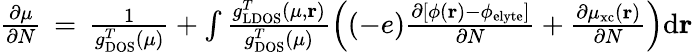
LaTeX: \begin{array}{r}{\frac{\partial\mu}{\partial N}\, =\, \frac{1}{g_{\mathrm{DOS}}^{T}(\mu)}+\int\frac{g_{\mathrm{LDOS}}^{T}(\mu,\mathbf{r})}{g_{\mathrm{DOS}}^{T}(\mu)}\left((-e)\frac{\partial\left[\phi(\mathbf{r})-\phi_{\mathrm{elyte}}\right]}{\partial N}+\frac{\partial\mu_{\mathrm{xc}}(\mathbf{r})}{\partial N}\right)\mathrm{d}\mathbf{r}}\end{array}